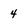
Character: 4